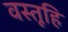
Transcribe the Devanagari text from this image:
वस्तूहि